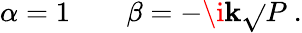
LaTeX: \alpha=1\qquad\beta=-\i\mathbf{k}\sqrt{}{{P}}\ .